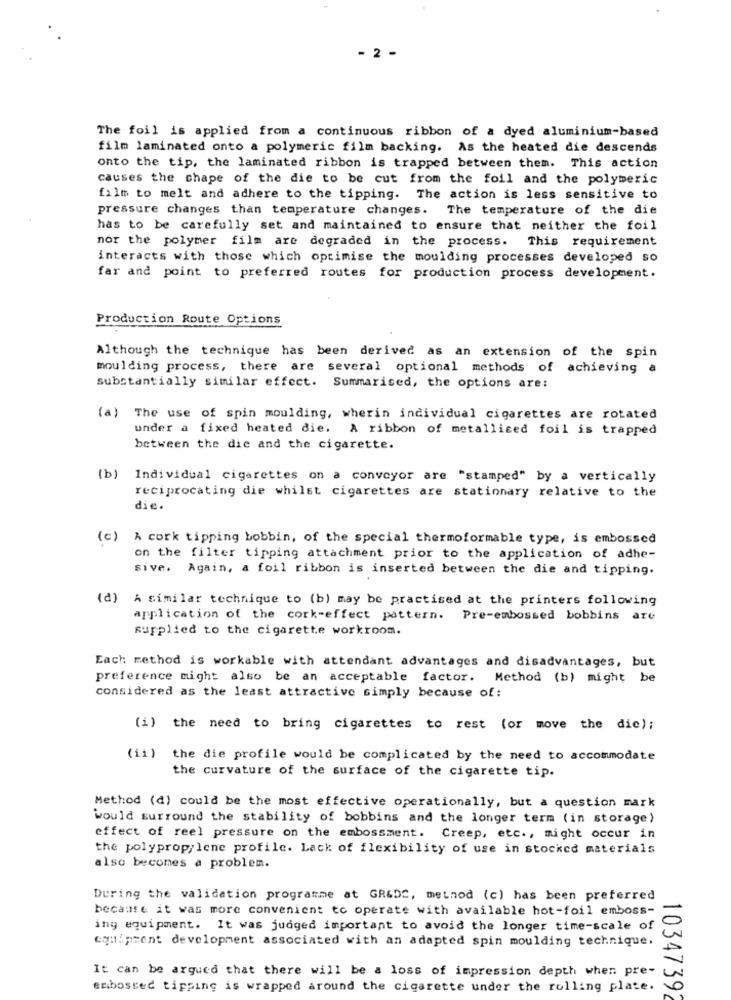
- 2 -
The foil is applied from a continuous ribbon of a dyed aluminium-based
film laminated onto a polymeric film backing. As the heated die descends
onto the tip, the laminated ribbon is trapped between them. This action
causes the chape of the die to be cut from the foil and the polymeric
film to melt and adhere to the tipping. The action is less sensitive to
pressure changes than temperature changes. The temperature of the die
has to be carefully set and maintained to ensure that neither the foil
nor the polymer film are degraded in the process. This requirement
interacts with those which optimise the moulding processes developed so
far and point to preferred routes for production process development.
Production Route Options
Although the technique has been derived as an extension of the spin
moulding process, there are several optional methods of achieving a
substantially similar effect. Summarised, the options are:
(a) The use of spin moulding, wherin individual cigarettes are rotated
under a fixed heated die. A ribbon of metallised foil is trapped
between the die and the cigarette.
(b)
Individual cigarettes on a conveyor are "stamped" by a vertically
reciprocating die whilst cigarettes are stationary relative to the
die.
(c) A cork tipping bobbin, of the special thermoformable type, is embossed
on the filter tipping attachment prior to the application of adhe-
sive. Again, a foil ribbon is inserted between the die and tipping.
(d) A similar technique to (b) may be practised at the printers following
application of the cork-effect pattern. Pre-embossed bobbins are
supplied to the cigarette workroom.
Each method is workable with attendant advantages and disadvantages, but
preference might also be an acceptable factor. Method (b) might be
considered as the least attractive simply because of:
(i) the need to bring cigarettes to rest (or move the die);
(ii) the die profile would be complicated by the need to accommodate
the curvature of the surface of the cigarette tip.
Method (d) could be the most effective operationally, but a question mark
would surround the stability of bobbins and the longer term (in storage)
effect of reel pressure on the embossment. Creep, etc ., might occur in
the polypropylene profile. Lack of flexibility of use in stocked materials
also becomes a problem.
During the validation programme at GR&DC, method (c) has been preferred
because it was more convenient to operate with available hot-foil emboss-
ing equipment. It was judged important to avoid the longer time-scale of
equipment development associated with an adapted spin moulding technique.
It can be argued that there will be a loss of impression depth when pre-
embossed tipping is wrapped around the cigarette under the rolling plate.
10347392